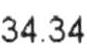
34.34